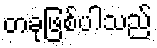
တခုဖြစ်ပါသည်